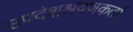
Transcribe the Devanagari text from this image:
उपदेशश्रवणकर्ता